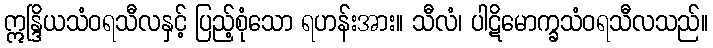
ဣန္ဒြိယသံဝရသီလနှင့် ပြည့်စုံသော ရဟန်းအား။ သီလံ၊ ပါဋိမောက္ခသံဝရသီလသည်။